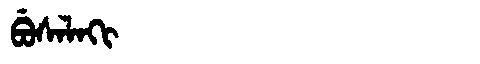
Manchu: ᠪᡠᠰᠠᠯᠠᡴᡳ
Romanization: BUSALAKI